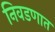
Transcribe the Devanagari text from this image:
निवडणात